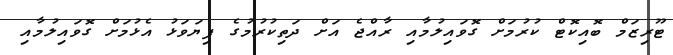
ޓޫރިޒަމް ބޮއިކޮޓް ކުރުމަށް ގޮވައިލުމާއި ރާއްޖެ އަށް ދަތިކުރުމުގެ ފިޔަވަޅު އެޅުމަށް ގޮވައިލުމާއި